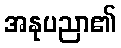
အနုပညာ၏